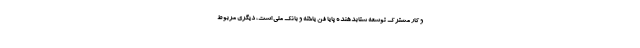
و کار مشترک توسعه شتابدهنده پایا فن یاخته و بانک ملی است، دیگری مربوط